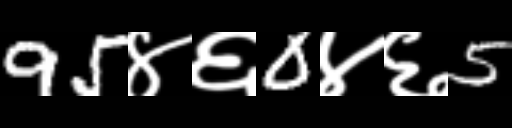
Text: 95४६0४६5